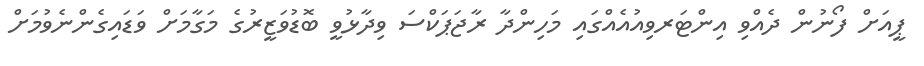
ޕީއަށް ފޯނުން ދެއްވި އިންޓަރވިއުއެއްގައި މަހިންދާ ރާޖަޕަކްސަ ވިދާޅުވީ ބޮޑުވަޒީރުގެ މަގާމަށް ވަޑައިގެންނެވުމަށް